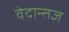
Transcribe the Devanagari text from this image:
वेदान्तज्ञ